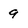
Character: 9